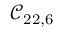
\mathcal { C } _ { 2 2 , 6 }